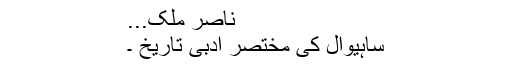
ناصر ملک...
ساہیوال کی مختصر اَدبی تاریخ ۔